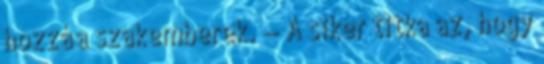
hozzá a szakemberek. — A siker titka az, hogy